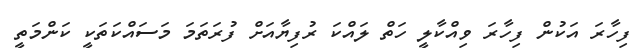
ފިހާރަ އަކުން ފިހާރަ ވިއްކާލީ ހަތް ލައްކަ ރުފިޔާއަށް ފުރަތަމަ މަސައްކަތަކީ ކަންމަތީ